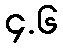
၄.၆